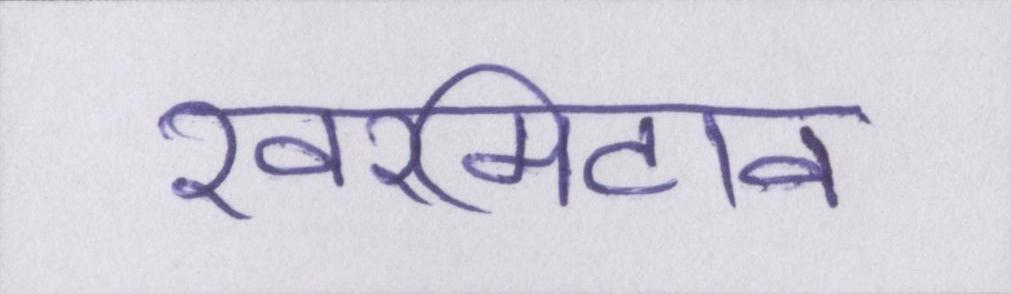
खरमिटाव